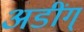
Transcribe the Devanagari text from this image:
अडींग्